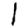
Digit: 1